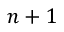
n + 1